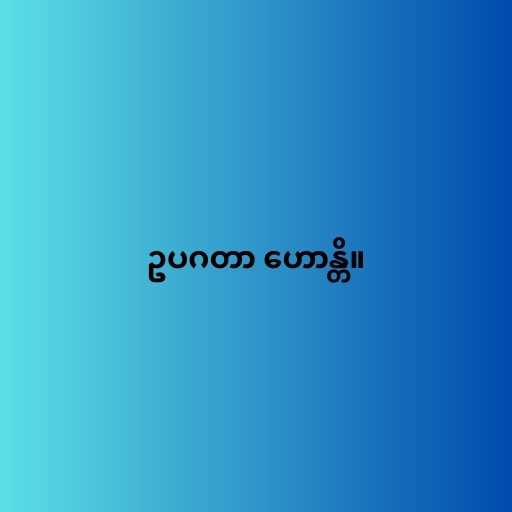
ဥပဂတာ ဟောန္တိ။